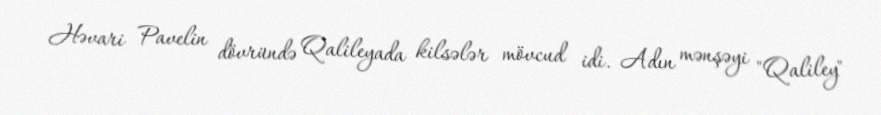
Həvari Pavelin dövründə Qalileyada kilsələr mövcud idi. Adın mənşəyi "Qaliley"